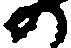
の